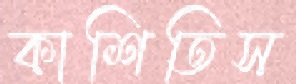
কাশিতিস